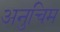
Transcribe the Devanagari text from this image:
अनुचिम